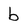
Character: b